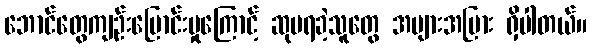
ဘောင်တွေကျဉ်းမြောင်းမှုကြောင့် ဆုမရခဲ့သူတွေ အများအပြား ရှိပါတယ်။